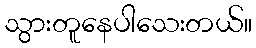
သွားတူနေပါသေးတယ်။